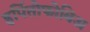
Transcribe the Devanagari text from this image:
हर्पितोफोबिअ